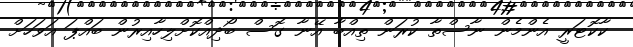
ކާކޮޓަރީ އެންމެން ނާސްތާ ކުރަން ތިއްބާ އޭނާ ގޮސް ބޯދިއްކޮށްލިހާއިރުން ބައްޕަ އަވަހަށް